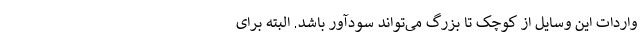
واردات این وسایل از کوچک تا بزرگ می‌تواند سودآور باشد. البته برای